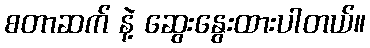
စတာဆက် နဲ့ ဆွေးနွေးထားပါတယ်။